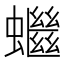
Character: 𧓓